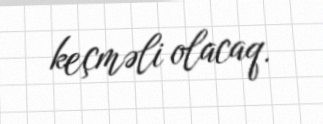
keçməli olacaq.